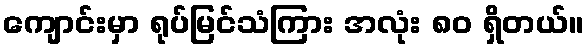
ကျောင်းမှာ ရုပ်မြင်သံကြား အလုံး ၈၀ ရှိတယ်။